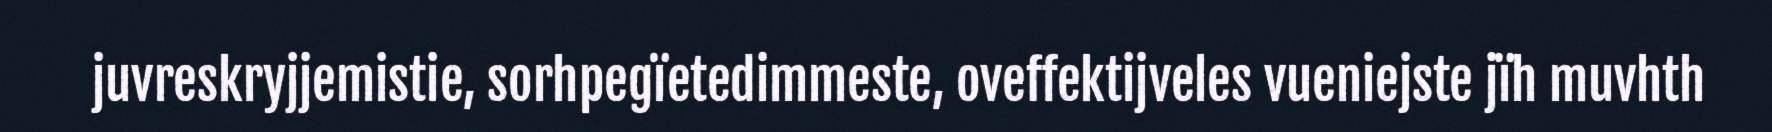
juvreskryjjemistie, sorhpegïetedimmeste, oveffektijveles vueniejste jïh muvhth